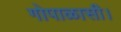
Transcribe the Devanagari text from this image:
गोपाळासी।